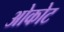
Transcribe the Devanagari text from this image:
ओकोट